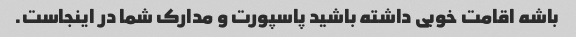
باشه اقامت خوبی داشته باشید پاسپورت و مدارک شما در اینجاست.